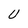
Character: U